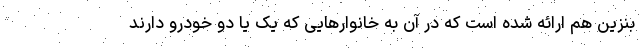
بنزین هم ارائه شده است که در آن به خانوار‌هایی که یک یا دو خودرو دارند